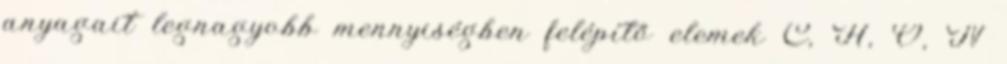
anyagait legnagyobb mennyiségben felépítő elemek C, H, O, N